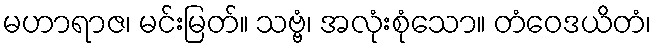
မဟာရာဇ၊ မင်းမြတ်။ သဗ္ဗံ၊ အလုံးစုံသော။ တံဝေဒယိတံ၊